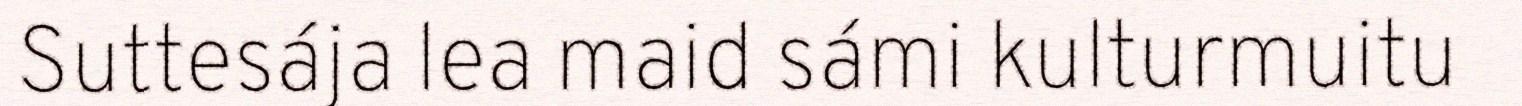
Suttesája lea maid sámi kulturmuitu